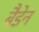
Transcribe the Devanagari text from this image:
बैडेन